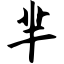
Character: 芈